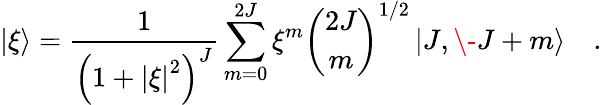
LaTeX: \left\vert{\xi}\right\rangle={\frac{1}{\left({1+{\vert\xi\vert}^{2}}\right)^{J}}}\sum_{m=0}^{2J}\xi^{m}{\binom{2J}{m}}^{1/2}\left\vert{J,\- J+m}\right\rangle\quad.